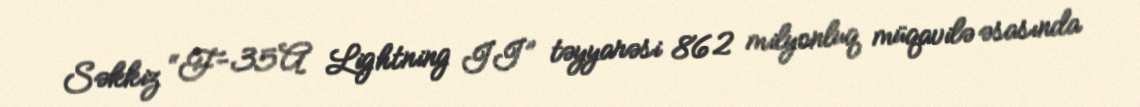
Səkkiz “F-35A Lightning II” təyyarəsi 862 milyonluq müqavilə əsasında